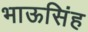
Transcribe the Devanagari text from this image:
भाऊसिंह